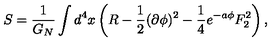
S = { \frac { 1 } { G _ { N } } } \int d ^ { 4 } x \left( R - { \frac { 1 } { 2 } } ( \partial \phi ) ^ { 2 } - { \frac { 1 } { 4 } } e ^ { - a \phi } F _ { 2 } ^ { 2 } \right) ,